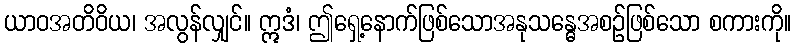
ယာဝအတိဝိယ၊ အလွန်လျှင်။ ဣဒံ၊ ဤရှေ့နောက်ဖြစ်သောအနုသန္ဓေအစဉ်ဖြစ်သော စကားကို။